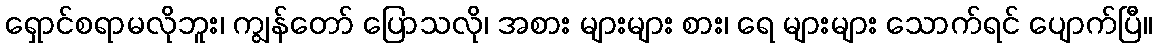
ရှောင်စရာမလိုဘူး၊ ကျွန်တော် ပြောသလို၊ အစား များများ စား၊ ရေ များများ သောက်ရင် ပျောက်ပြီ။